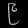
Digit: ၉